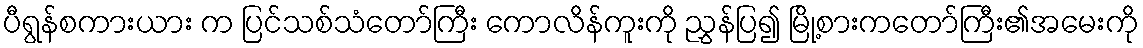
ပီရွန်စကားယား က ပြင်သစ်သံတော်ကြီး ကောလိန်ကူးကို ညွှန်ပြ၍ မြို့စားကတော်ကြီး၏အမေးကို